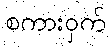
စကားဝှက်